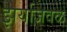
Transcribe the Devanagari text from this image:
झर्याजवळ